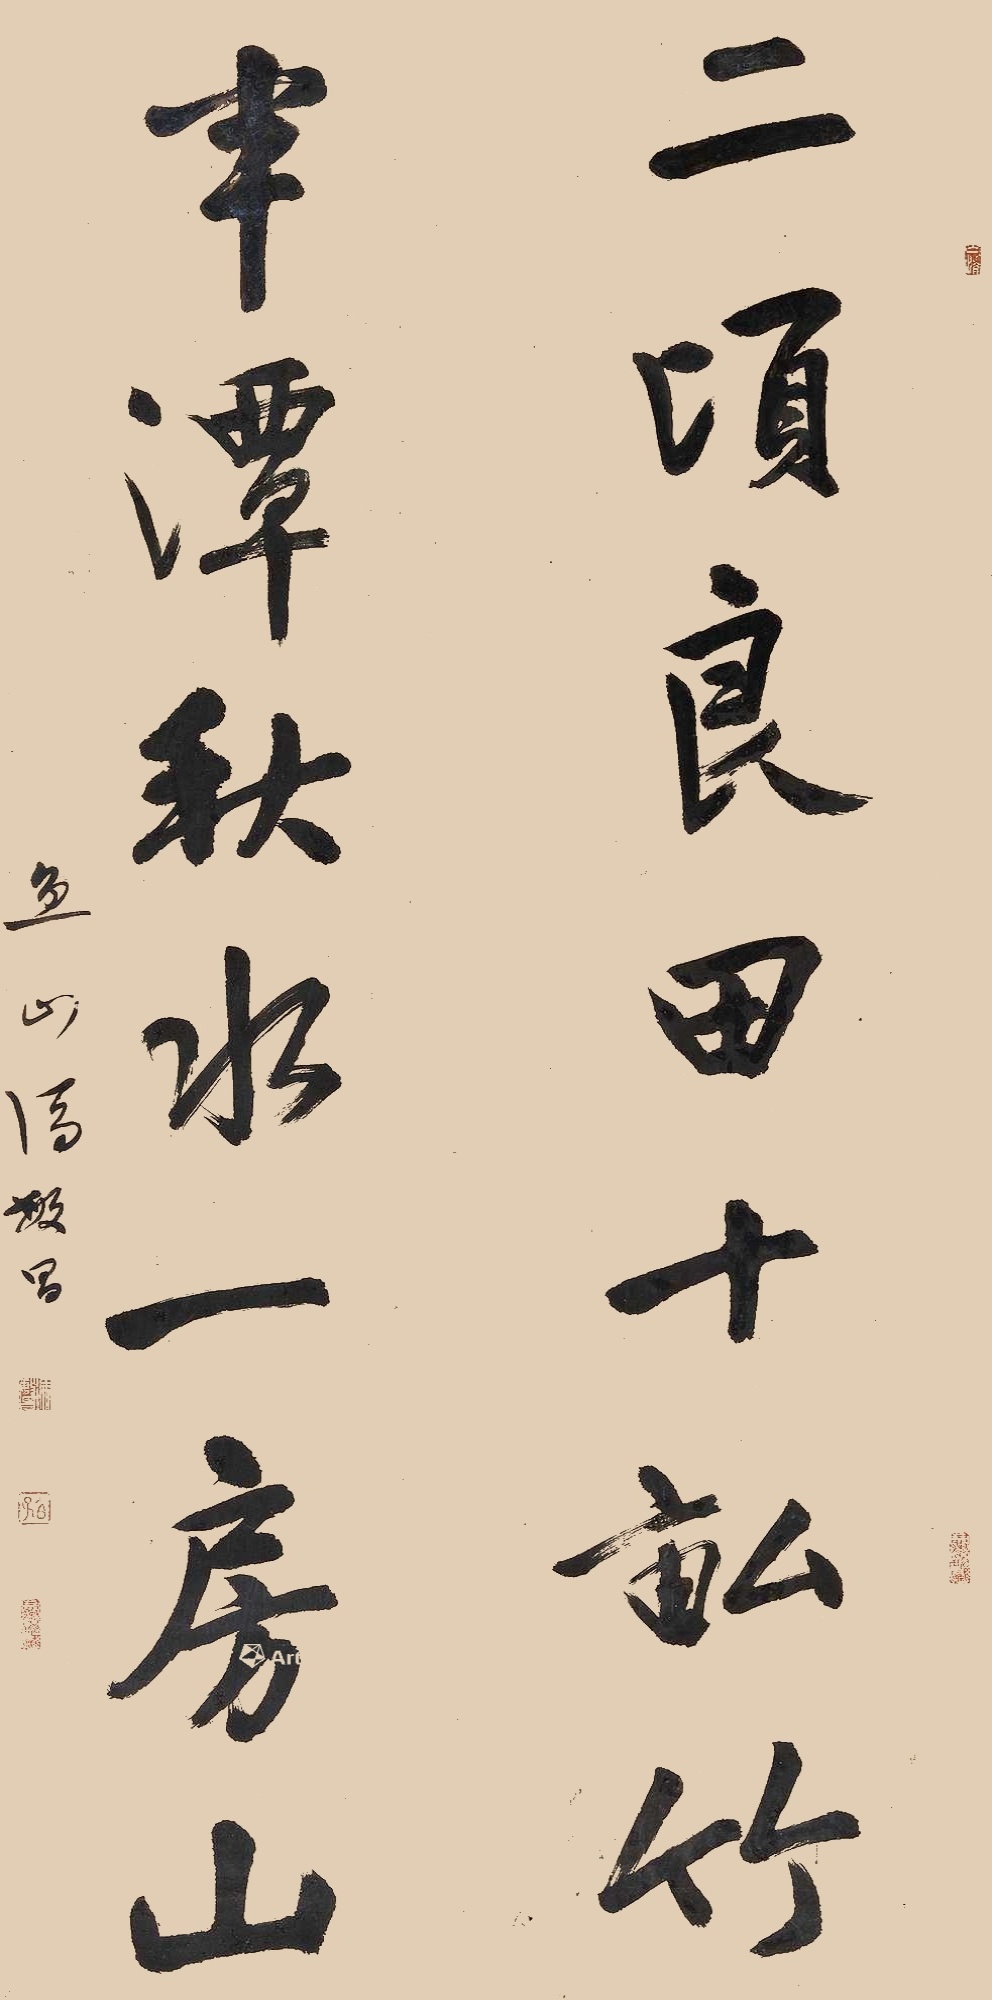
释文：二顷良田十亩竹，半潭秋水一房山。鱼山冯敏昌。